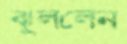
ঝুললেন